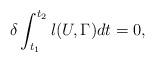
LaTeX: \begin{align*}\delta\int_{t_1}^{t_2}l(U,\Gamma)dt=0,\end{align*}